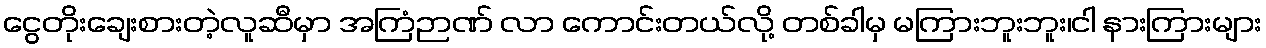
ငွေတိုးချေးစားတဲ့လူဆီမှာ အကြံဉာဏ် လာ ကောင်းတယ်လို့ တစ်ခါမှ မကြားဘူးဘူး၊ငါ နားကြားများ